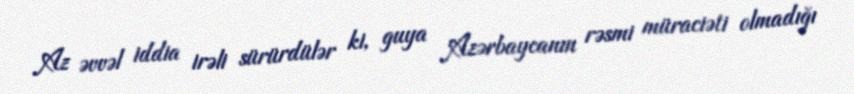
Az əvvəl iddia irəli sürürdülər ki, guya Azərbaycanın rəsmi müraciəti olmadığı